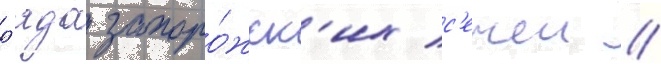
р'яда запоро́жск'их с'ечеи //